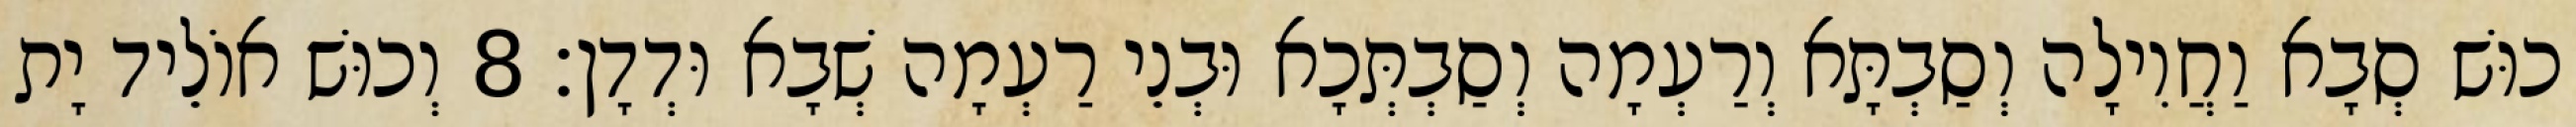
כוּשׁ סְבָא וַחֲוִילָה וְסַבְתָּא וְרַעְמָה וְסַבְתְּכָא וּבְנֵי רַעְמָה שְׁבָא וּדְדָן׃ 8 וְכוּשׁ אוֹלֵיד יָת